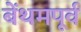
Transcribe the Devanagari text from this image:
बेंथमपूर्व